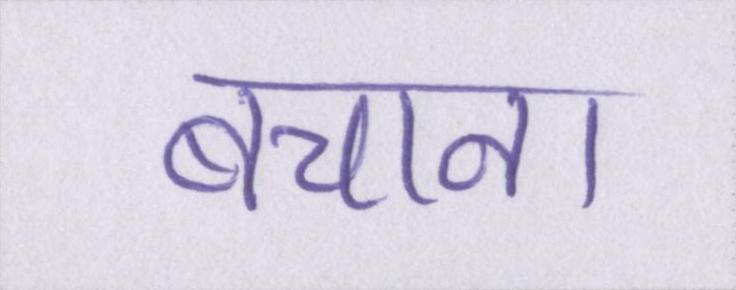
बचाना